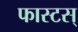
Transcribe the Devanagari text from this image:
फास्टस्